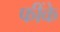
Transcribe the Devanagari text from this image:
फींके